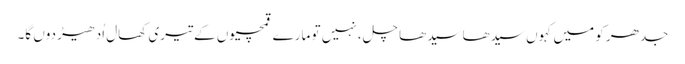
جدھر کو میں کہوں سیدھا سیدھا چل، نہیں تو مارے قمچیوں کے تیری کھال اُدھیڑ دوں گا۔